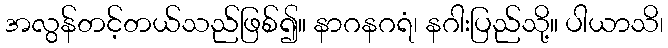
အလွန်တင့်တယ်သည်ဖြစ်၍။ နာဂနဂရံ၊ နဂါးပြည်သို့။ ပါယာသိ၊